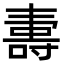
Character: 夀